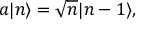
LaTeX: a | n \rangle = { \sqrt { n } } | n - 1 \rangle ,